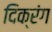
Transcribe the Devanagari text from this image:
दिक्रंग